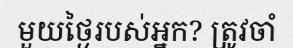
មួយថ្ងៃរបស់អ្នក? ត្រូវចាំ